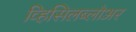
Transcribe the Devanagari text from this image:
व्हिसिलब्लोअर